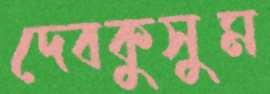
দেবকুসুম